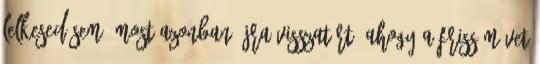
lelkesedésem. Most azonban újra visszatért, ahogy a friss művet